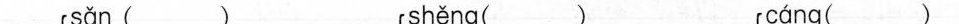
sǎn （ ） shěng （ ） cáng （ ）